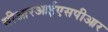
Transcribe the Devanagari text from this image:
सीआरआईएसपीआर